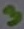
Text: 3